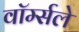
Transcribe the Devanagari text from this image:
वॉर्म्सले